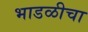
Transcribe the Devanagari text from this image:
भाडळीचा